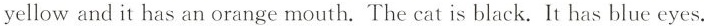
yellow and it has an orange mouth.The cat is black. It has blue eyes.